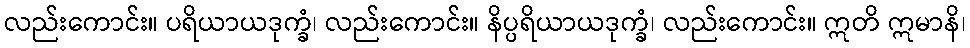
လည်းကောင်း။ ပရိယာယဒုက္ခံ၊ လည်းကောင်း။ နိပ္ပရိယာယဒုက္ခံ၊ လည်းကောင်း။ ဣတိ ဣမာနိ၊